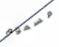
مسموم